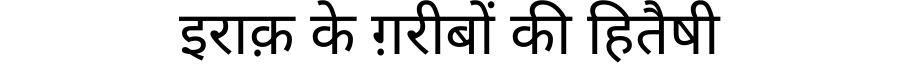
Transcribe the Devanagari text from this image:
इराक़ के ग़रीबों की हितैषी